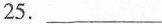
25.___